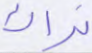
نراك